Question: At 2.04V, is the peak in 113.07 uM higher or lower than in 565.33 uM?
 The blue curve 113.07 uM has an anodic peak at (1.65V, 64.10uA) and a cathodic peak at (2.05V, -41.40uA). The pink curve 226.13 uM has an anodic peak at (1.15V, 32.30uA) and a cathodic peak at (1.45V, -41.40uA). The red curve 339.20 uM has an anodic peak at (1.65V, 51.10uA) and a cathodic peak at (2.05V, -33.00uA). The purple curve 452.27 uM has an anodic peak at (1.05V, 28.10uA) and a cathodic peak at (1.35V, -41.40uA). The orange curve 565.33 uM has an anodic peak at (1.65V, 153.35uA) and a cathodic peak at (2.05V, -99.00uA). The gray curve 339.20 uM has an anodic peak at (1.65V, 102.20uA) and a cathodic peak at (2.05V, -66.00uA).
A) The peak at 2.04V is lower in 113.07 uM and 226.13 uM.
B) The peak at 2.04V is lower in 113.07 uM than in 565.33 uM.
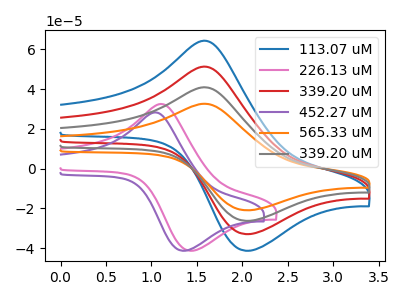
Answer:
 <answer>B) The peak at 2.04V is lower in "113.07 uM" than in "565.33 uM".</answer>
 <eval>B</eval>